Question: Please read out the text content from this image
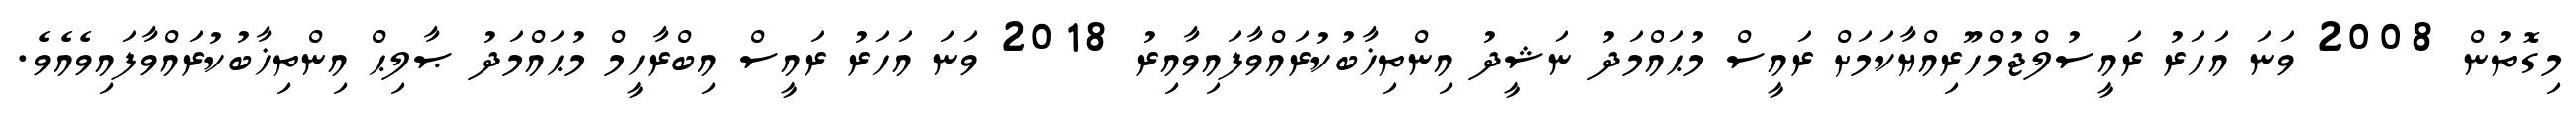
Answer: މިގޮތުން 2008 ވަނަ އަހަރު ރައީސުލްޖުމްހޫރިއްޔާކަމަށް ރައީސް މުޙައްމަދު ނަޝީދު އިންތިޚާބުކުރައްވާފައިވާއިރު 2018 ވަނަ އަހަރު ރައީސް އިބްރާހީމް މުޙައްމަދު ޞާލިޙް އިންތިޚާބުކުރައްވާފައިވެއެވެ.